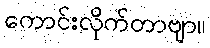
ကောင်းလိုက်တာဗျာ။